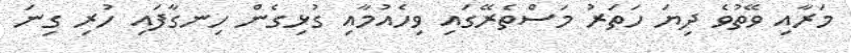
މަރާއި ވޭތުވެ ދިޔަ ހަތަރު މަސްތެރޭގައި ވިހެއުމާއި ގުޅިގެން ހިނގާފައި ހުރި ގިނަ